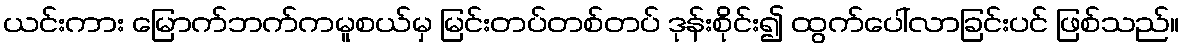
ယင်းကား မြောက်ဘက်ကမူစယ်မှ မြင်းတပ်တစ်တပ် ဒုန်းစိုင်း၍ ထွက်ပေါ်လာခြင်းပင် ဖြစ်သည်။